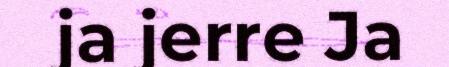
ja jerre Ja